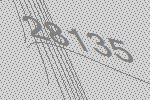
28135